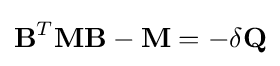
\mathbf {B} ^{T}\mathbf {M} \mathbf {B} -\mathbf {M} =-\delta \mathbf {Q}